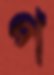
প